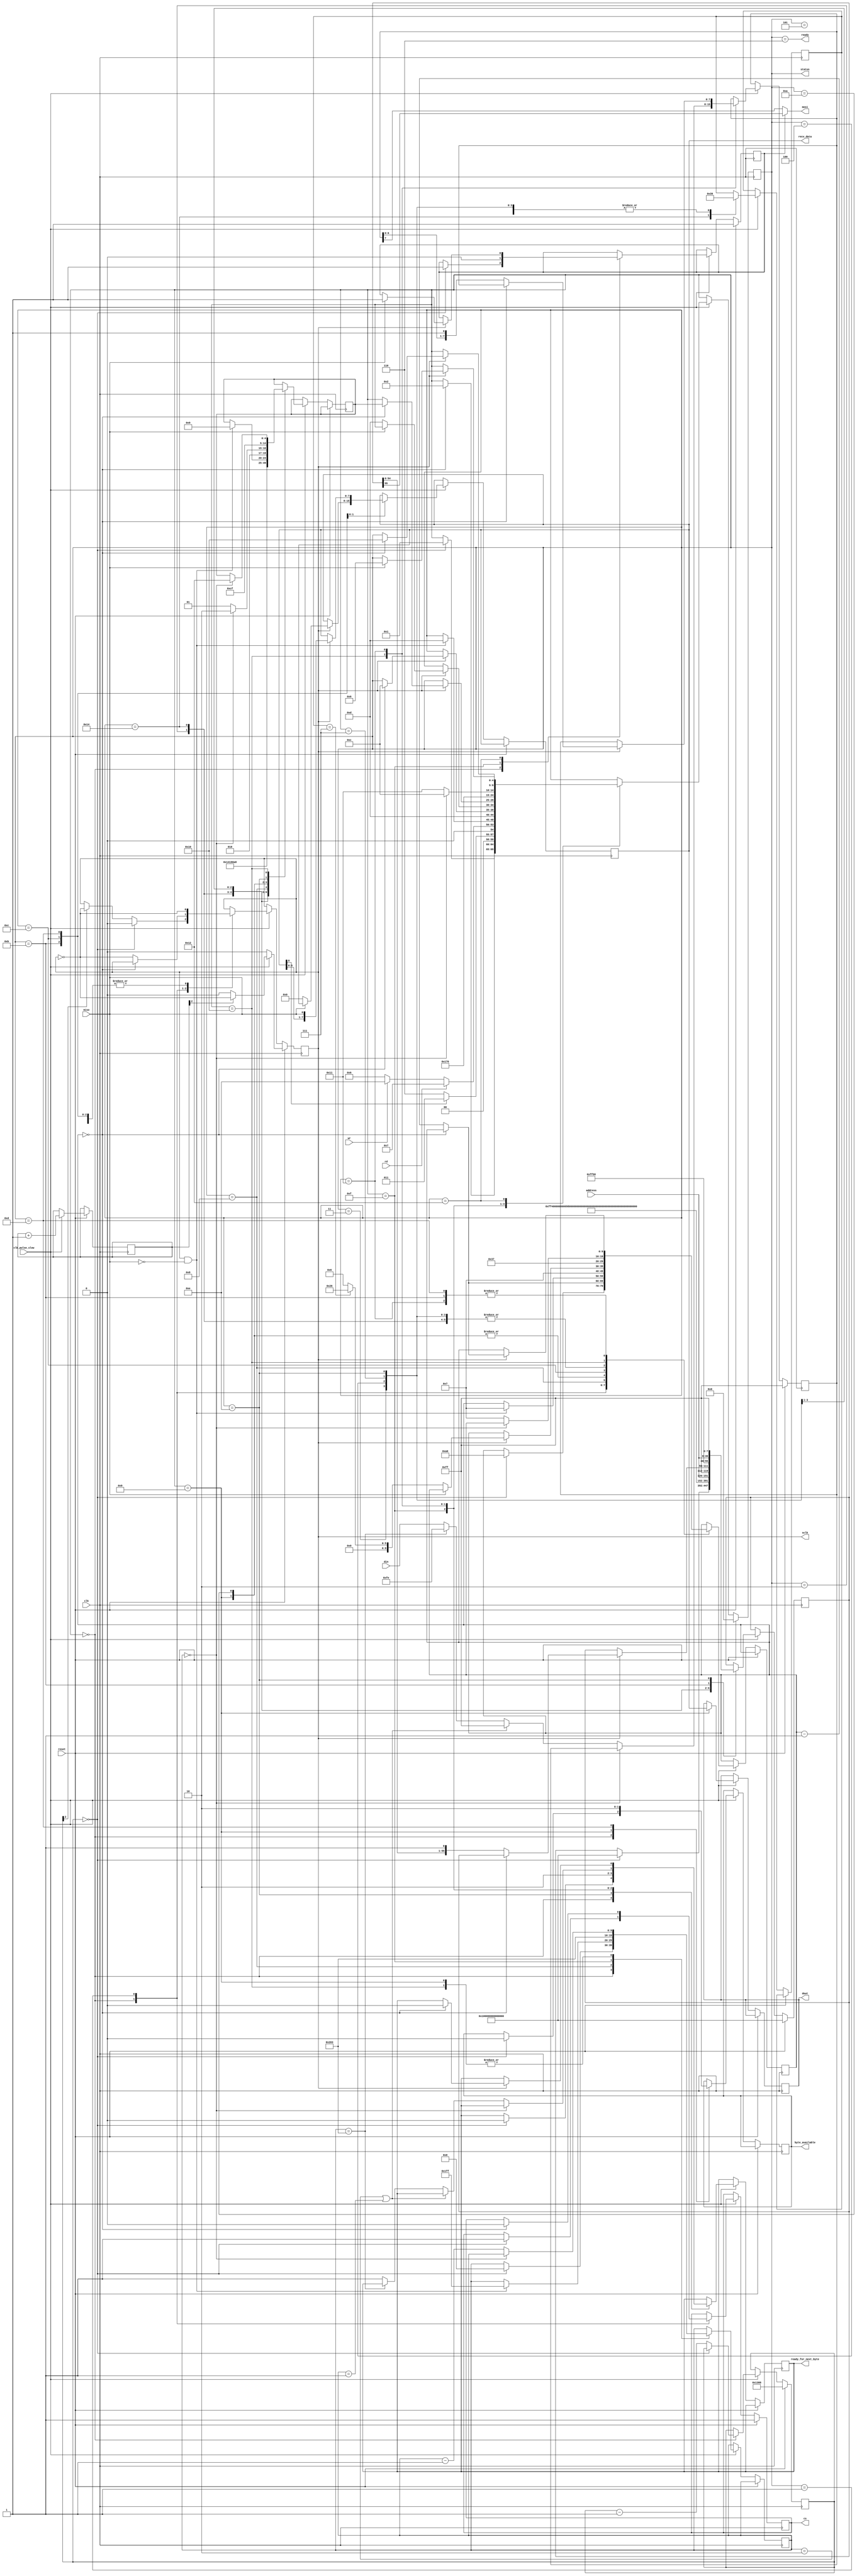
/* SD Card controller module. Allows reading from and writing to a microSD card
through SPI mode. */
// http://web.mit.edu/6.111/www/f2017/tools/sd_controller.v
// ref: 
// https://stackoverflow.com/questions/8080718/sdhc-microsd-card-and-spi-initialization
// https://electronics.stackexchange.com/questions/321491/why-i-cant-issue-commands-after-cmd8-to-an-sdhc-card-in-spi-mode
// http://chlazza.nfshost.com/sdcardinfo.html
// (chinese) https://blog.csdn.net/ming1006/article/details/7281597

`timescale 1ns / 1ps

module sd_controller(
    output reg cs, // Connect to SD_DAT[3].
    output mosi, // Connect to SD_CMD.
    input miso, // Connect to SD_DAT[0].
    output sclk, // Connect to SD_SCK.
                // For SPI mode, SD_DAT[2] and SD_DAT[1] should be held HIGH. 
                // SD_RESET should be held LOW.

    input rd,   // Read-enable. When [ready] is HIGH, asseting [rd] will 
                // begin a 512-byte READ operation at [address]. 
                // [byte_available] will transition HIGH as a new byte has been
                // read from the SD card. The byte is presented on [dout].
    output reg [7:0] dout, // Data output for READ operation.
    output reg byte_available, // A new byte has been presented on [dout].

    input wr,   // Write-enable. When [ready] is HIGH, asserting [wr] will
                // begin a 512-byte WRITE operation at [address].
                // [ready_for_next_byte] will transition HIGH to request that
                // the next byte to be written should be presentaed on [din].
    input [7:0] din, // Data input for WRITE operation.
    output reg ready_for_next_byte, // A new byte should be presented on [din].

    input reset, // Resets controller on assertion.
    output ready, // HIGH if the SD card is ready for a read or write operation.
    input [31:0] address,   // Memory address for read/write operation. This MUST 
                            // be a multiple of 512 bytes, due to SD sectoring.
    input clk,  // normal speed clock
    input clk_pulse_slow, // pulsed slow clock
    output [4:0] status, // For debug purposes: Current state of controller.
    output reg [7:0] recv_data
);

    parameter RST = 0;
    parameter INIT = 1;
    parameter CMD0 = 2;
    parameter CMD8 = 20;
    parameter CMD55 = 3;
    parameter CMD41 = 4;
    parameter POLL_CMD = 5;
    
    parameter IDLE = 6;
    parameter READ_BLOCK = 7;
    parameter READ_BLOCK_WAIT = 8;
    parameter READ_BLOCK_DATA = 9;
    parameter READ_BLOCK_CRC = 10;
    parameter SEND_CMD = 11;
    parameter RECEIVE_BYTE_WAIT = 12;
    parameter RECEIVE_BYTE = 13;
    parameter WRITE_BLOCK_CMD = 14;
    parameter WRITE_BLOCK_INIT = 15;
    parameter WRITE_BLOCK_DATA = 16;
    parameter WRITE_BLOCK_BYTE = 17;
    parameter WRITE_BLOCK_WAIT = 18;
    
    parameter WRITE_DATA_SIZE = 515;
    
    (*mark_debug = "true"*) reg [4:0] state = RST;
    assign status = state;
    reg [4:0] return_state;
    reg sclk_sig = 0;
    reg [55:0] cmd_out = {56{1'b1}};
    reg cmd_mode = 1;
    reg [7:0] data_sig = 8'hFF;
    reg [2:0] response_type = 3'b1;
    
    reg [9:0] byte_counter;
    reg [9:0] bit_counter;
    
    reg [26:0] boot_counter = 27'd050_000;
    reg [7:0] reset_counter = 0;
    always @(posedge clk) begin
        if(reset == 1) begin
            state <= RST;
            sclk_sig <= 0;
            //boot_counter <= 27'd100_000_000;
            boot_counter <= 27'd005_000;
            //boot_counter <= 27'd001_000;
            cmd_mode <= 1;
            cs <= 1;
            cmd_out <= {56{1'b1}};
            data_sig <= 8'hFF;
            if (clk_pulse_slow) begin
                reset_counter <= reset_counter + 1;
                if (reset_counter[2]) sclk_sig <= ~sclk_sig;
            end
        end
        else begin
            if (clk_pulse_slow) begin
            case(state)
                RST: begin
                    if(boot_counter == 0) begin
                        sclk_sig <= 0;
                        cmd_out <= {56{1'b1}};
                        byte_counter <= 0;
                        byte_available <= 0;
                        ready_for_next_byte <= 0;
                        cmd_mode <= 1;
                        bit_counter <= 160;
                        cs <= 1;
                        state <= INIT;
                    end
                    else begin
                        // <400KHz startup init
                        boot_counter <= boot_counter - 1;
                        if (boot_counter[2]) sclk_sig <= ~sclk_sig;
                        //sclk_sig <= ~sclk_sig; // I added this
                    end
                end
                INIT: begin
                    if(bit_counter == 0) begin
                        cs <= 0;
                        state <= CMD0;
                    end
                    else begin
                        bit_counter <= bit_counter - 1;
                        sclk_sig <= ~sclk_sig;
                    end
                end
                CMD0: begin
                    // cmd format: 01   ......        .*32   ....... 1
                    //                command bit   argument  CRC7
                    cmd_out <= 56'hFF_40_00_00_00_00_95;
                    bit_counter <= 55;
                    response_type <= 3'b1;
                    return_state <= CMD8;
                    state <= SEND_CMD;
                end
                CMD8: begin
                    // this CMD8 has R7 response (CMD0 and CMD55 has R1)
                    // so take special care, or SDHC card may deadlock
                    cmd_out <= 56'hFF_48_00_00_01_AA_87;
                    bit_counter <= 55;
                    response_type <= 3'b111;
                    return_state <= CMD55;
                    state <= SEND_CMD;
                end
                CMD55: begin
                    cmd_out <= 56'hFF_77_00_00_00_00_01;
                    bit_counter <= 55;
                    response_type <= 3'b1;
                    return_state <= CMD41;
                    state <= SEND_CMD;
                end
                CMD41: begin
                    cmd_out <= 56'hFF_69_40_00_00_00_01;
                    bit_counter <= 55;
                    response_type <= 3'b1;
                    return_state <= POLL_CMD;
                    state <= SEND_CMD;
                end
                POLL_CMD: begin
                    if(recv_data[0] == 0) begin
                        state <= IDLE; // response 0x0, OK
                    end
                    else begin
                        state <= CMD55; // response 0x1, again
                    end
                end
                IDLE: begin
                    if(rd == 1) begin
                        state <= READ_BLOCK;
                    end
                    else if(wr == 1) begin
                        state <= WRITE_BLOCK_CMD;
                    end
                    else begin
                        state <= IDLE;
                    end
                end
                READ_BLOCK: begin
                    cmd_out <= {16'hFF_51, address, 8'hFF};
                    bit_counter <= 55;
                    response_type <= 3'b1;
                    return_state <= READ_BLOCK_WAIT;
                    state <= SEND_CMD;
                end
                READ_BLOCK_WAIT: begin
                    if(sclk_sig == 1 && miso == 0) begin
                        byte_counter <= 511;
                        bit_counter <= 7;
                        return_state <= READ_BLOCK_DATA;
                        state <= RECEIVE_BYTE;
                    end
                    sclk_sig <= ~sclk_sig;
                end
                READ_BLOCK_DATA: begin
                    dout <= recv_data;
                    byte_available <= 1;
                    if (byte_counter == 0) begin
                        bit_counter <= 7;
                        return_state <= READ_BLOCK_CRC;
                        state <= RECEIVE_BYTE;
                    end
                    else begin
                        byte_counter <= byte_counter - 1;
                        return_state <= READ_BLOCK_DATA;
                        bit_counter <= 7;
                        state <= RECEIVE_BYTE;
                    end
                end
                READ_BLOCK_CRC: begin
                    bit_counter <= 7;
                    return_state <= IDLE;
                    state <= RECEIVE_BYTE;
                end
                SEND_CMD: begin
                    if (sclk_sig == 1) begin
                        if (bit_counter == 0) begin
                            state <= RECEIVE_BYTE_WAIT;
                        end
                        else begin
                            bit_counter <= bit_counter - 1;
                            cmd_out <= {cmd_out[54:0], 1'b1};
                        end
                    end
                    sclk_sig <= ~sclk_sig;
                end
                RECEIVE_BYTE_WAIT: begin
                    if (sclk_sig == 1) begin
                        if (miso == 0) begin
                            recv_data <= 0;
                            case (response_type)
                                1: bit_counter <= 6;
                                7: bit_counter <= 38;
                                // in R7 most bits will LOST, but don't care
                                default: bit_counter <= 6;
                            endcase
                            state <= RECEIVE_BYTE;
                        end
                    end
                    sclk_sig <= ~sclk_sig;
                end
                RECEIVE_BYTE: begin
                    byte_available <= 0;
                    if (sclk_sig == 1) begin
                        recv_data <= {recv_data[6:0], miso};
                        if (bit_counter == 0) begin
                            state <= return_state;
                        end
                        else begin
                            bit_counter <= bit_counter - 1;
                        end
                    end
                    sclk_sig <= ~sclk_sig;
                end
                WRITE_BLOCK_CMD: begin
                    cmd_out <= {16'hFF_58, address, 8'hFF};
                    bit_counter <= 55;
                    return_state <= WRITE_BLOCK_INIT;
                    response_type <= 1;
                    state <= SEND_CMD;
                    ready_for_next_byte <= 1;
                end
                WRITE_BLOCK_INIT: begin
                    cmd_mode <= 0;
                    byte_counter <= WRITE_DATA_SIZE; 
                    state <= WRITE_BLOCK_DATA;
                    ready_for_next_byte <= 0;
                end
                WRITE_BLOCK_DATA: begin
                    if (byte_counter == 0) begin
                        state <= RECEIVE_BYTE_WAIT;
                        return_state <= WRITE_BLOCK_WAIT;
                    end
                    else begin
                        if ((byte_counter == 2) || (byte_counter == 1)) begin
                            data_sig <= 8'hFF;
                        end
                        else if (byte_counter == WRITE_DATA_SIZE) begin
                            data_sig <= 8'hFE;
                        end
                        else begin
                            data_sig <= din;
                            ready_for_next_byte <= 1;
                        end
                        bit_counter <= 7;
                        state <= WRITE_BLOCK_BYTE;
                        byte_counter <= byte_counter - 1;
                    end
                end
                WRITE_BLOCK_BYTE: begin
                    if (sclk_sig == 1) begin
                        if (bit_counter == 0) begin
                            state <= WRITE_BLOCK_DATA;
                            ready_for_next_byte <= 0;
                        end
                        else begin
                            data_sig <= {data_sig[6:0], 1'b1};
                            bit_counter <= bit_counter - 1;
                        end;
                    end;
                    sclk_sig <= ~sclk_sig;
                end
                WRITE_BLOCK_WAIT: begin
                    if (sclk_sig == 1) begin
                        if (miso == 1) begin
                            state <= IDLE;
                            cmd_mode <= 1;
                        end
                    end
                    sclk_sig <= ~sclk_sig;
                end
            endcase
            end
        end
    end

    assign sclk = sclk_sig;
    assign mosi = cmd_mode ? cmd_out[55] : data_sig[7];
    assign ready = (state == IDLE);
endmodule